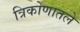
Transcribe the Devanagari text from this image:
त्रिकोणातले